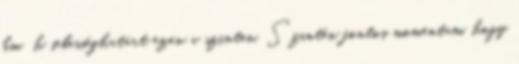
km h sebességhatárt ezen a szinten. Szintén fontos momentum, hogy